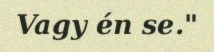
Vagy én se."